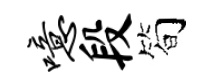
噫段简